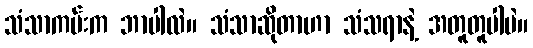
သံသာကမ်းက ဘာပါလဲ။ သံသာဆိုတာဟာ သံသရာနဲ့ အတူတူပါပဲ။